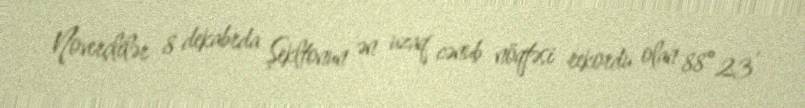
Noverçlilər 8 dekabrda Şekltonun ən uzaq cənub nöqtəsi rekordu olan 88° 23′